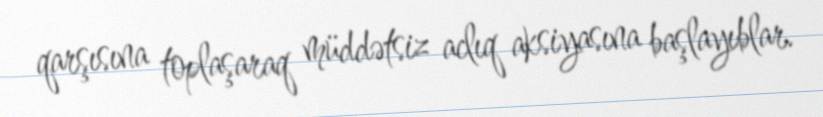
qarşısına toplaşaraq müddətsiz aclıq aksiyasına başlayıblar.